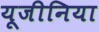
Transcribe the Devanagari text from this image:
यूजीनिया